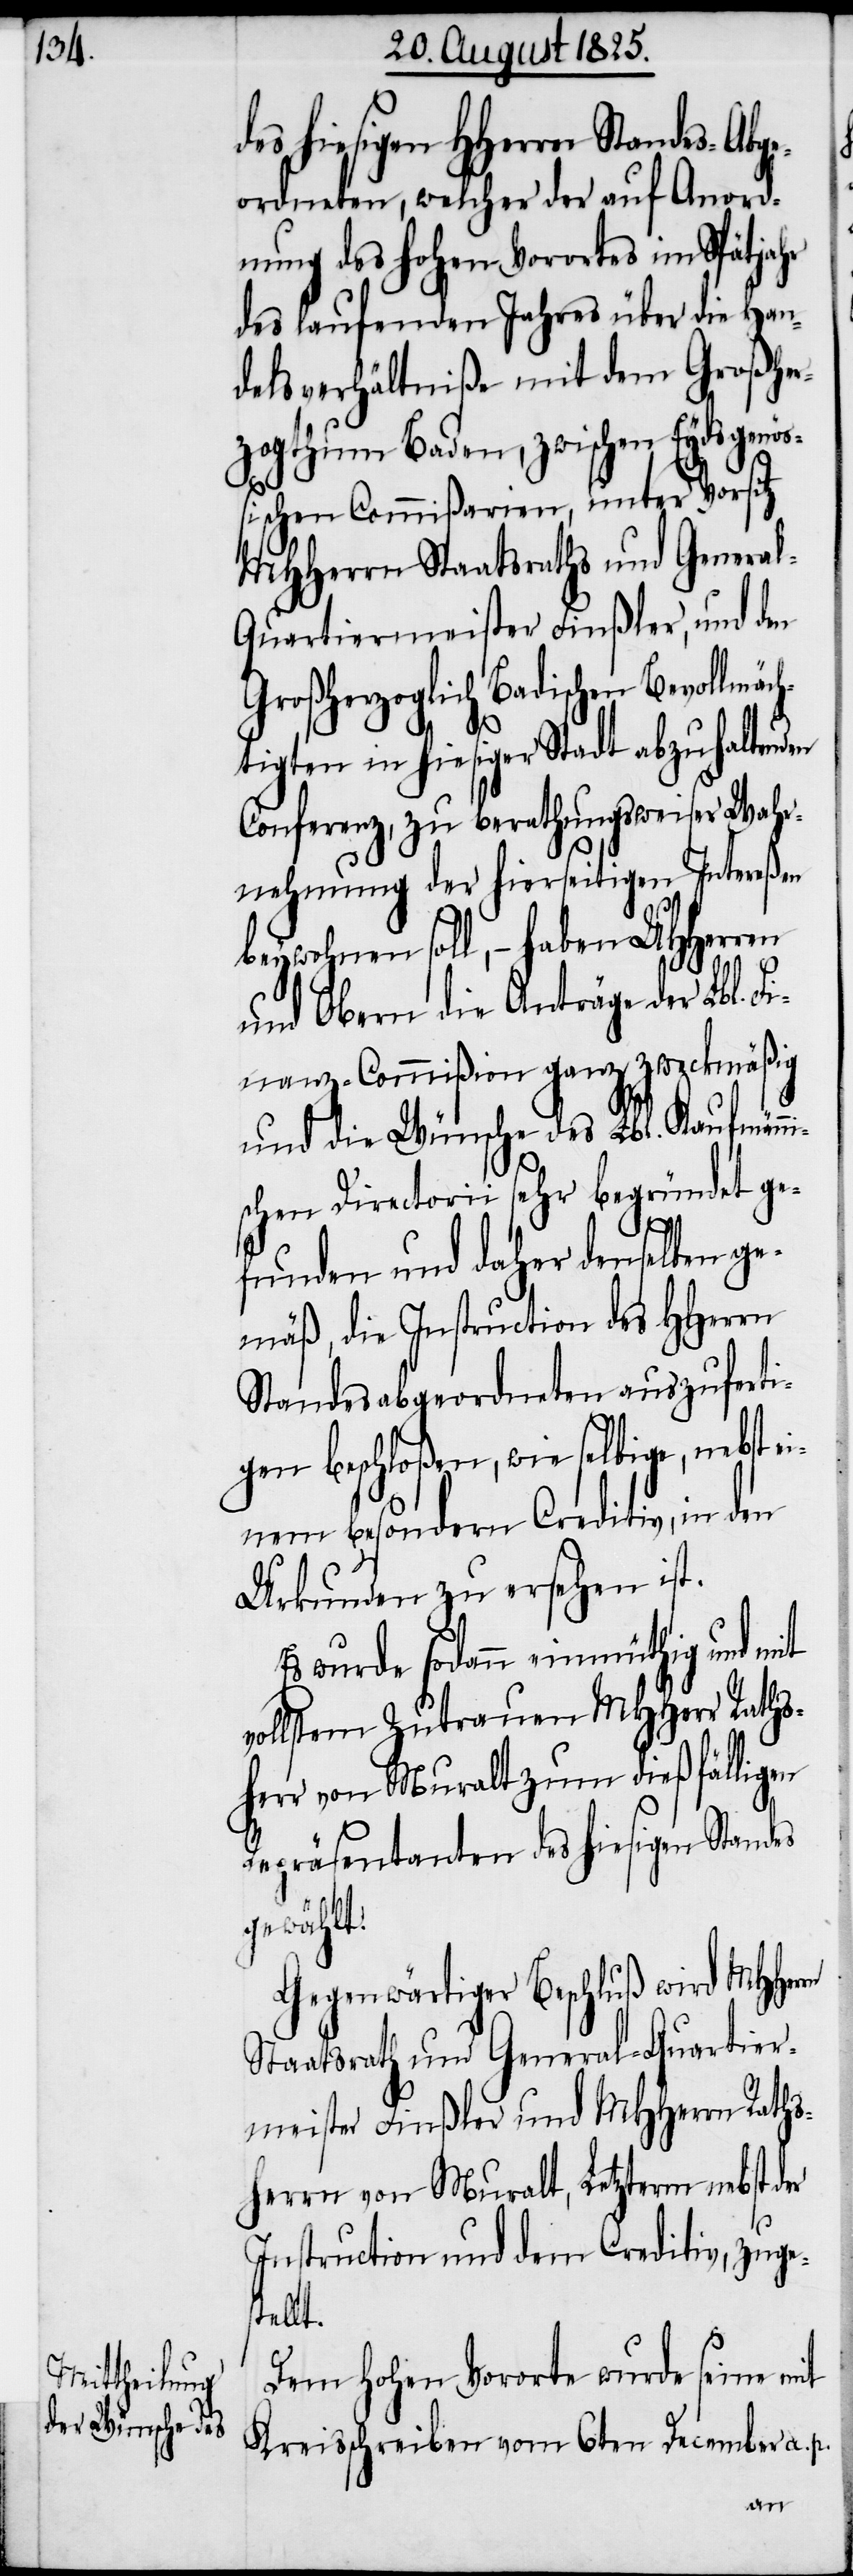
des hiesigen Hherrn Standes-Abge¬
ordneten, welcher der auf Anord¬
nung des hohen Vorortes im Spätjahr
des laufenden Jahres über die Han¬
delsverhältniße mit dem Großhe¬
rzogthum Baden, zwischen Eydsgenöß¬
ischen Commißarien, unter Vorsitz
MHHerrn Staatsraths und Genera¬
l-Quartiermeister Finßler, und den
Großherzoglich Badischen Bevollmäch¬
tigten in hiesiger Stadt abzuhaltenden
Conferenz, zu berathungsweiser Wahr¬
nehmung der hierseitigen Intereßen
beywohnen soll, – haben UHherren
p.
und Obern die Anträge der Lbl. Fi¬
nanz-Commißion ganz zweckmäßig
und die Wünsche des Lbl. Kaufmänni¬
schen Directorii sehr begründet ge¬
funden und daher demselben g¬
emäß, die Instruction des HHerrn
Standesabgeordneten auszuferti¬
gen beschloßen, wie selbige, nebst
einem besondern Creditiv, in den
Urkunden zu ersehen
Es wurde sodann einmüthig und mit
vollstem Zutrauen MHHerr Raths¬
herr von Muralt zum dießfälligen
Repräsentanten des hiesigen Standes
gewählt.
Gegenwärtiger Beschluß wird MHHerrn
Staatsrath und General-Quartier¬
meister Finßler und MHHerrn Raths¬
herrn von Muralt, letztern nebst der
Instruction und dem Creditiv, zuges¬
tellt.
Dem hohen Vororte wurde seine mit
Kreisschreiben vom 6ten December a.